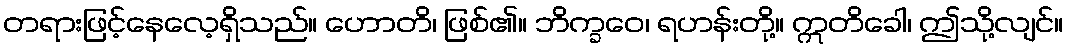
တရားဖြင့်နေလေ့ရှိသည်။ ဟောတိ၊ ဖြစ်၏။ ဘိက္ခဝေ၊ ရဟန်းတို့။ ဣတိခေါ၊ ဤသို့လျင်။